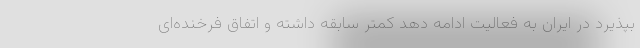
بپذیرد در ایران به فعالیت ادامه دهد کمتر سابقه داشته و اتفاق فرخنده‌ای